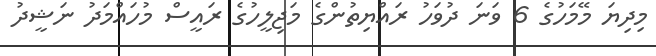
މިދިޔަ މޭމަހުގެ 6 ވަނަ ދުވަހު ރައްޔިތުންގެ މަޖިލީހުގެ ރައީސް މުހައްމަދު ނަޝީދު